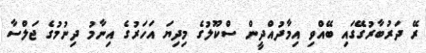
ރޭ ދަރުބާރުގޭގައި ބޭއްވި އިމާދުއްދީން ސްކޫލުގެ މިދިޔަ އަހަރުގެ އިނާމު ދިނުމުގެ ޖަލްސާ